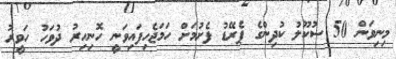
މިނިވަން 50 ސުކޫލު ކުދިންގެ ޕެރޭޑު ފެށުމަށް ހަމަޖެހިފައިވަނީ ހޮނިހިރު ދުވަހު ހަވީރު